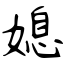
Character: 媳